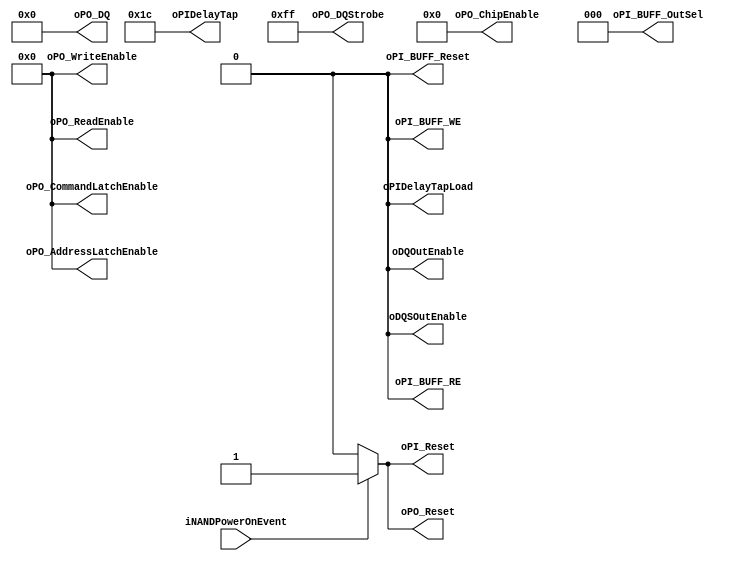
module NPM_Toggle_IDLE_DDR100
#
(
    parameter NumberOfWays    =   4
)
(
    iNANDPowerOnEvent       ,
    oPI_Reset               ,
    oPI_BUFF_Reset          ,
    oPO_Reset               ,
    oPI_BUFF_RE             ,
    oPI_BUFF_WE             ,
    oPI_BUFF_OutSel         ,
    oPIDelayTapLoad         ,
    oPIDelayTap             ,
    oPO_DQStrobe            ,
    oPO_DQ                  ,
    oPO_ChipEnable          ,
    oPO_ReadEnable          ,
    oPO_WriteEnable         ,
    oPO_AddressLatchEnable  ,
    oPO_CommandLatchEnable  ,
    oDQSOutEnable           ,
    oDQOutEnable            
);
    input                           iNANDPowerOnEvent       ;
    output                          oPI_Reset               ;
    output                          oPI_BUFF_Reset          ;
    output                          oPO_Reset               ;
    output                          oPI_BUFF_RE             ;
    output                          oPI_BUFF_WE             ;
    output  [2:0]                   oPI_BUFF_OutSel         ;
    output                          oPIDelayTapLoad         ;
    output  [4:0]                   oPIDelayTap             ;
    output  [7:0]                   oPO_DQStrobe            ;
    output  [31:0]                  oPO_DQ                  ;
    output  [2*NumberOfWays - 1:0]  oPO_ChipEnable          ;
    output  [3:0]                   oPO_ReadEnable          ;
    output  [3:0]                   oPO_WriteEnable         ;
    output  [3:0]                   oPO_AddressLatchEnable  ;
    output  [3:0]                   oPO_CommandLatchEnable  ;
    output                          oDQSOutEnable           ;
    output                          oDQOutEnable            ;
    assign oPI_Reset = (iNANDPowerOnEvent)? 1'b1:1'b0;
    assign oPI_BUFF_Reset = 0;
    assign oPO_Reset = (iNANDPowerOnEvent)? 1'b1:1'b0;
    assign oPI_BUFF_RE = 0;
    assign oPI_BUFF_WE = 0;
    assign oPI_BUFF_OutSel[2:0] = 3'b000;
    assign oPIDelayTapLoad = 0;
    assign oPIDelayTap[4:0] = 5'b11100; 
    assign oPO_DQStrobe[7:0] = 8'b1111_1111;
    assign oPO_DQ[31:0] = 0;
    assign oPO_ChipEnable = 0;
    assign oPO_ReadEnable[3:0] = 0;
    assign oPO_WriteEnable[3:0] = 0;
    assign oPO_AddressLatchEnable[3:0] = 0;
    assign oPO_CommandLatchEnable[3:0] = 0;
    assign oDQSOutEnable = 0;
    assign oDQOutEnable = 0;
endmodule